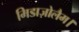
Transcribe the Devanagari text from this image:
मिडाज़ोलैम।